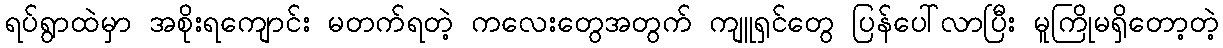
ရပ်ရွာထဲမှာ အစိုးရကျောင်း မတက်ရတဲ့ ကလေးတွေအတွက် ကျူရှင်တွေ ပြန်ပေါ်လာပြီး မူကြိုမရှိတော့တဲ့